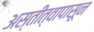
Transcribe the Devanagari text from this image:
अस्तीत्वापासून